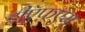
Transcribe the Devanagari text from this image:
डीऍफ़एम्